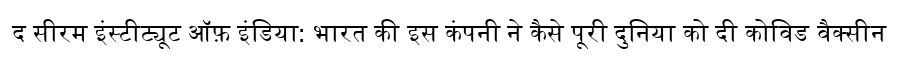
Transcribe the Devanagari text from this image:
द सीरम इंस्टीट्यूट ऑफ़ इंडिया: भारत की इस कंपनी ने कैसे पूरी दुनिया को दी कोविड वैक्सीन